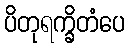
ပိတုရက္ခိတံပေ